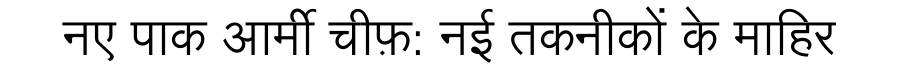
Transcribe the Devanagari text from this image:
नए पाक आर्मी चीफ़: नई तकनीकों के माहिर